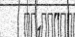
"